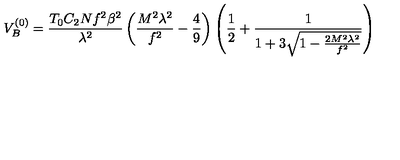
V _ { B } ^ { ( 0 ) } = \frac { T _ { 0 } C _ { 2 } N f ^ { 2 } \beta ^ { 2 } } { \lambda ^ { 2 } } \left( \frac { M ^ { 2 } \lambda ^ { 2 } } { f ^ { 2 } } - \frac { 4 } { 9 } \right) \left( \frac { 1 } { 2 } + \frac { 1 } { 1 + 3 \sqrt { 1 - \frac { 2 M ^ { 2 } \lambda ^ { 2 } } { f ^ { 2 } } } } \right)